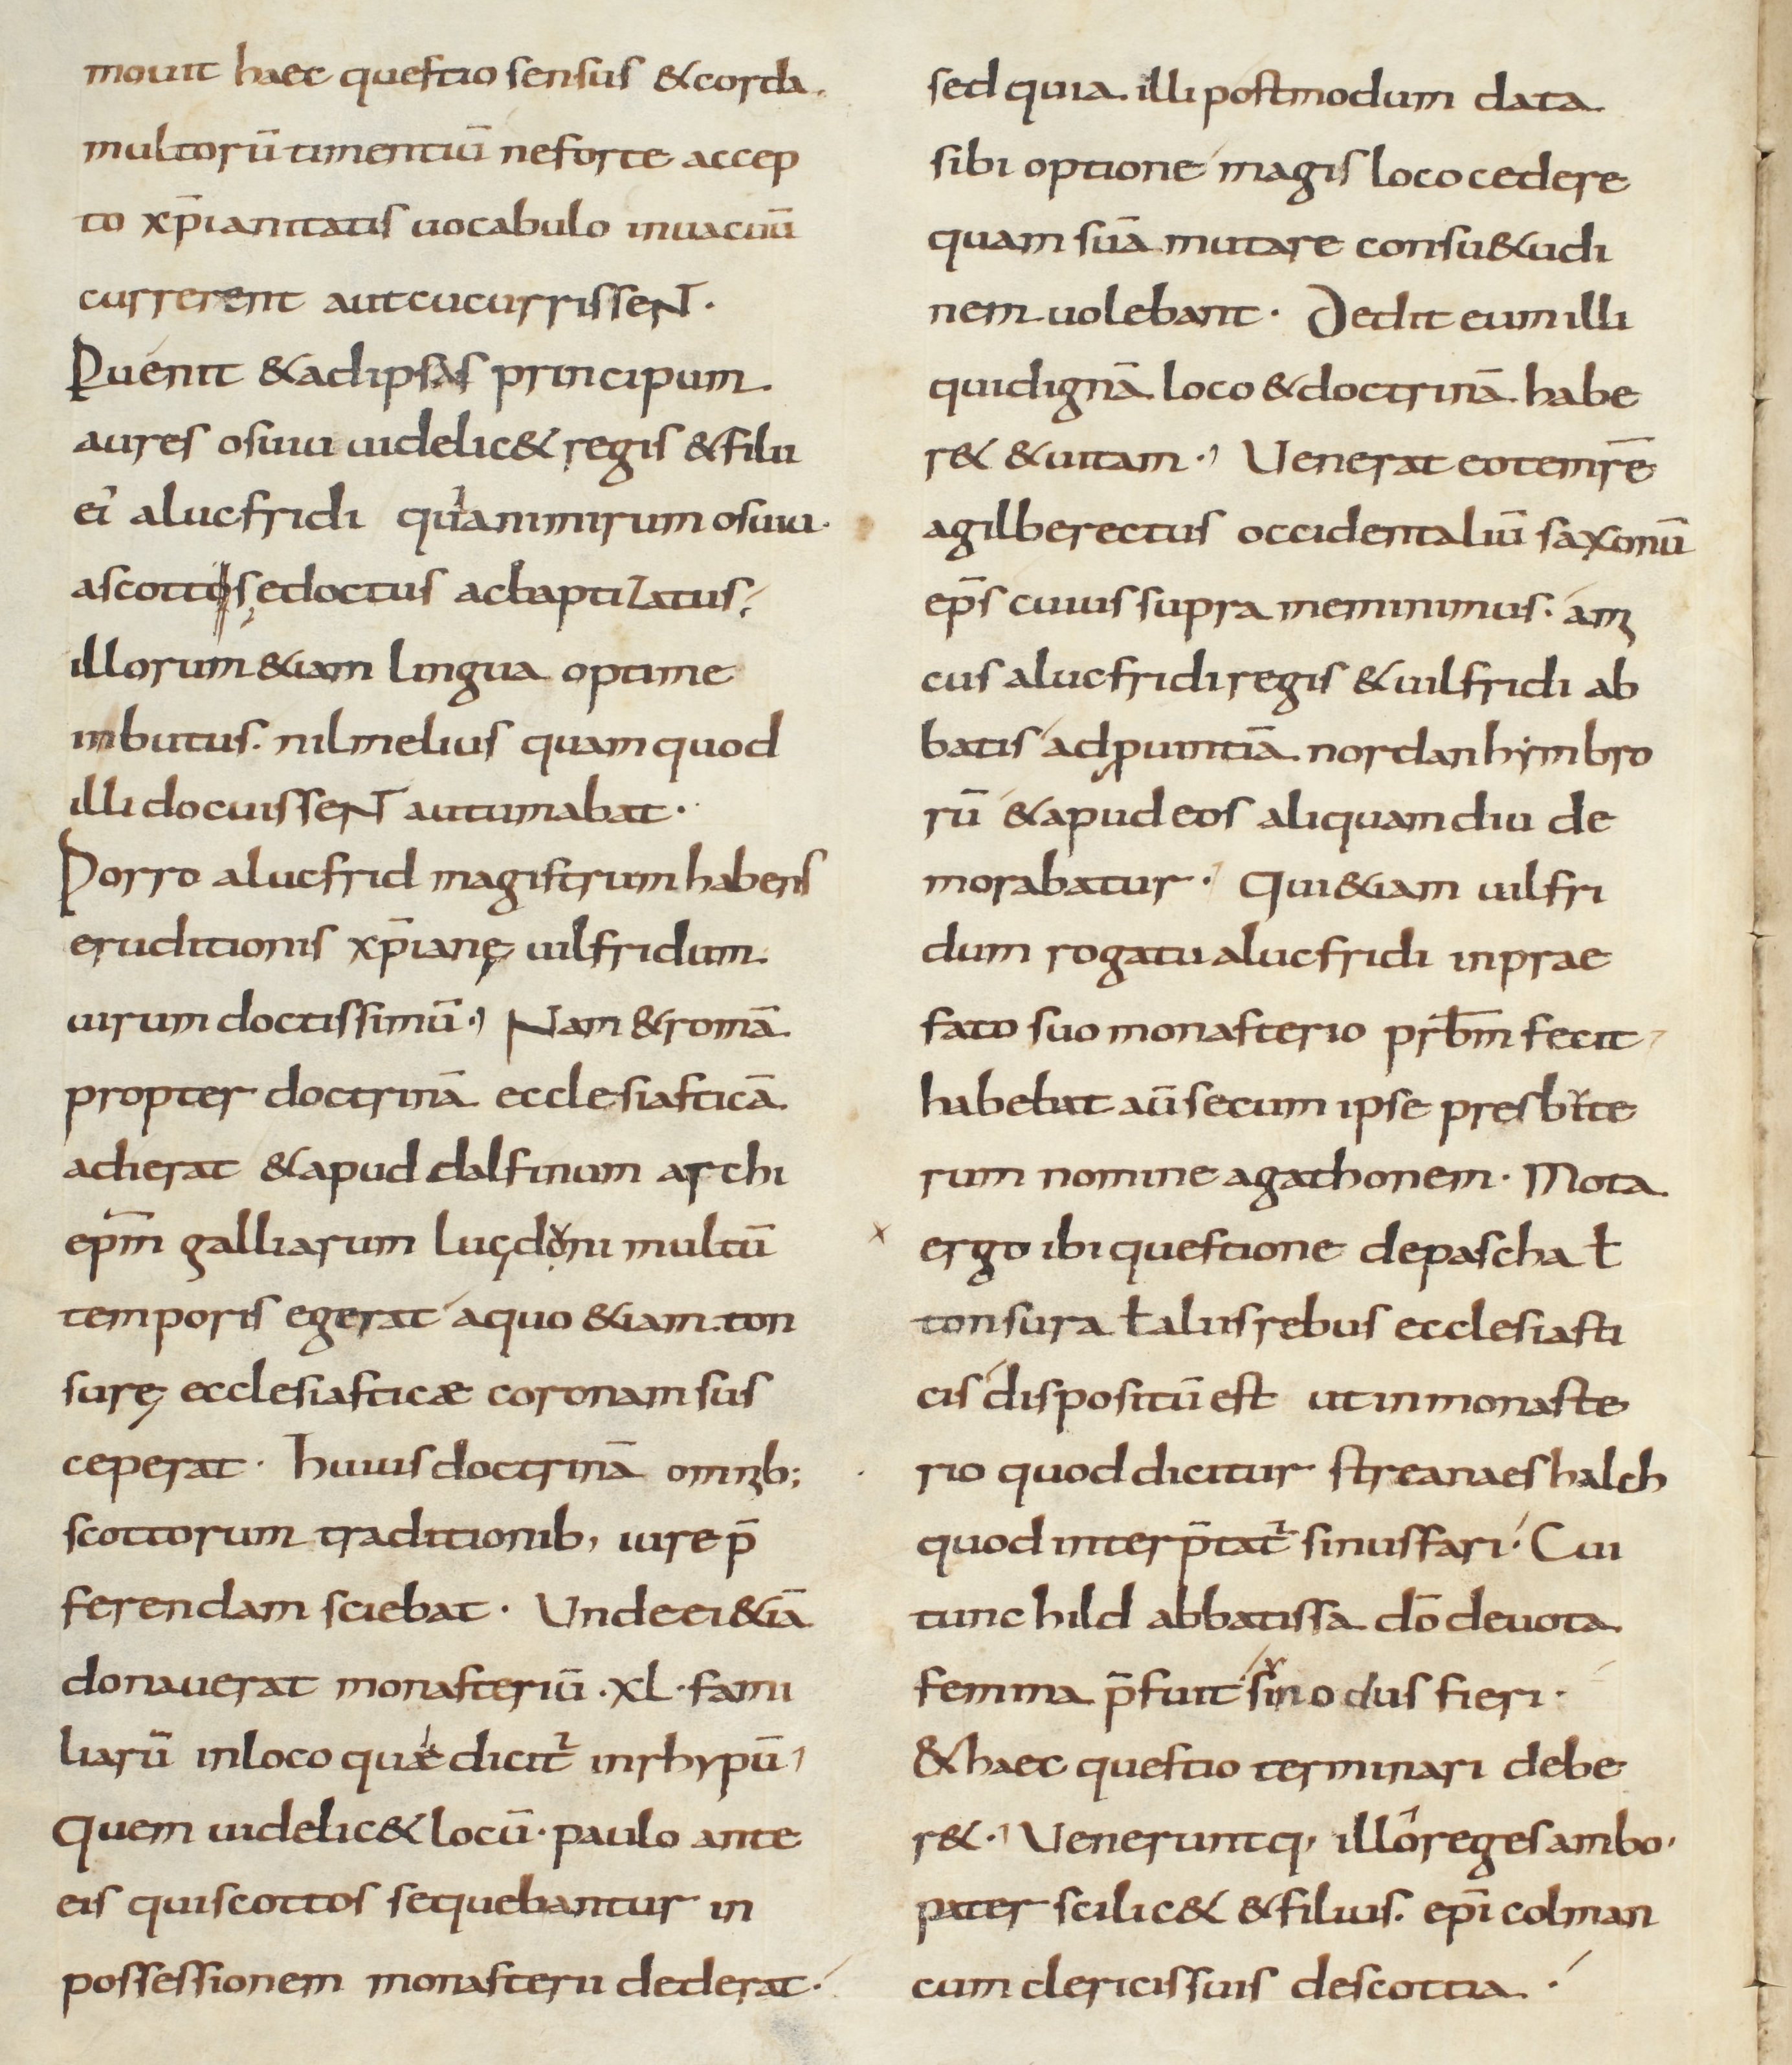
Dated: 800–899